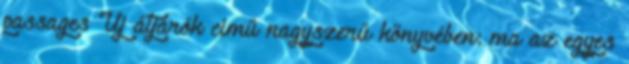
passages Új átjárók című nagyszerű könyvében: ma az egyes